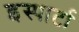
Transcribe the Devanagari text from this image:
इस्पार्टा